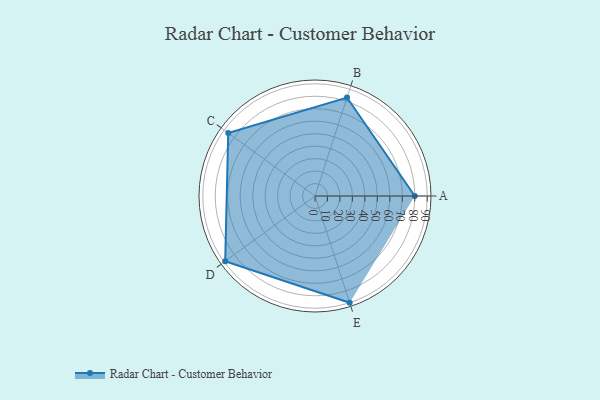
{"axis": {"x": "Skill", "y": "Score"}, "legend": ["Profile"], "data": [{"x": "A", "y": 80.0, "type": "Profile"}, {"x": "B", "y": 83.0, "type": "Profile"}, {"x": "C", "y": 86.0, "type": "Profile"}, {"x": "D", "y": 89.0, "type": "Profile"}, {"x": "E", "y": 90.0, "type": "Profile"}]}